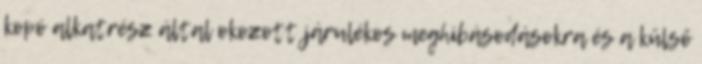
kopó alkatrész által okozott járulékos meghibásodásokra és a külső